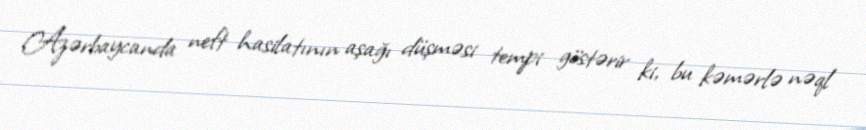
Azərbaycanda neft hasilatının aşağı düşməsi tempi göstərir ki, bu kəmərlə nəql